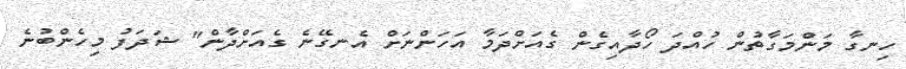
ހިނގާ މަންމަގާތުން ހުއްދަ ހޯދާއިގެން ގެއަށްދަމާ އަހަންނަށް އެނގޭނެ ގެއަށްދާން" ޝަދަފު މިހެންބުނެ